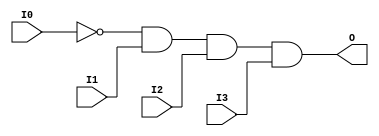
// $Header: /devl/xcs/repo/env/Databases/CAEInterfaces/verunilibs/data/uni9000/AND4B1.v,v 1.4 2007/05/23 20:04:50 patrickp Exp $
///////////////////////////////////////////////////////////////////////////////
// Copyright (c) 1995/2004 Xilinx, Inc.
// All Right Reserved.
///////////////////////////////////////////////////////////////////////////////
//   ____  ____
//  /   /\/   /
// /___/  \  /    Vendor : Xilinx
// \   \   \/     Version : 7.1i (H.19)
//  \   \         Description : Xilinx Functional Simulation Library Component
//  /   /                  4-input AND Gate
// /___/   /\     Filename : AND4B1.v
// \   \  /  \    Timestamp : Thu Mar 25 16:41:29 PST 2004
//  \___\/\___\
//
// Revision:
//    03/23/04 - Initial version.
//    05/23/07 - Added wire declaration for internal signals.
//    05/23/07 - Changed timescale to 1 ps / 1 ps.

`timescale  1 ps / 1 ps

`celldefine

module AND4B1 (O, I0, I1, I2, I3);


    output O;

    input  I0, I1, I2, I3;

    wire i0_inv;

    not N0 (i0_inv, I0);
    and A1 (O, i0_inv, I1, I2, I3);

    specify
	(I0 *> O) = (0, 0);
	(I1 *> O) = (0, 0);
	(I2 *> O) = (0, 0);
	(I3 *> O) = (0, 0);
    endspecify

endmodule

`endcelldefine